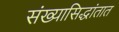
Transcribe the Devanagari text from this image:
संख्यासिद्धांतात